Annual report on the working of the mental hospitals in the Madras Presidency - 1912-1932
Year: 1912
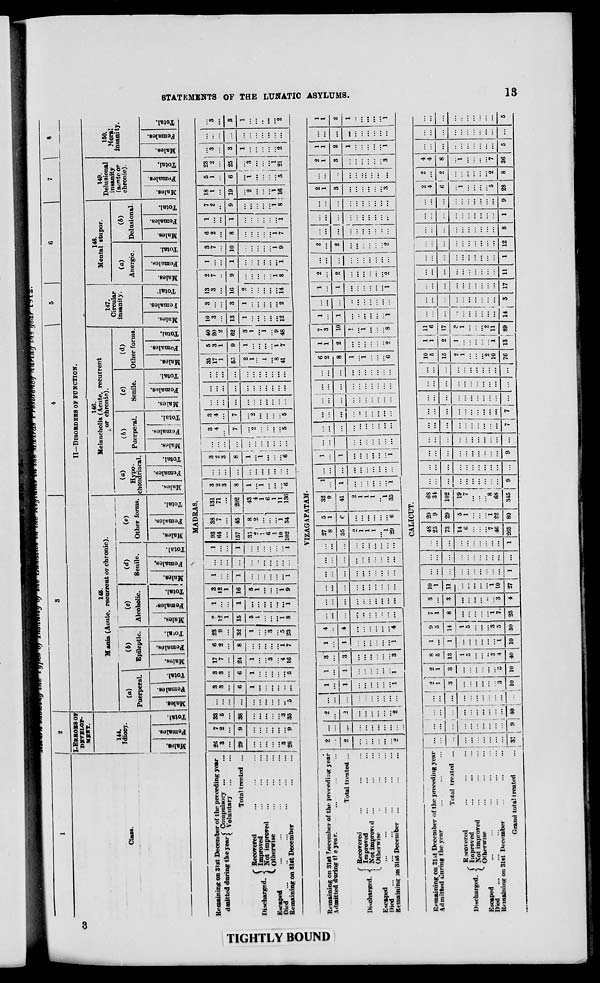
CO
Class.
I-ERROBS OF
DEVELOP-
MENT.
HI.
Idiocy.
09
V
i a Si .2
s
O
Pft
H «
II—DISORDERS OF FFNCTIOK.
145.
M ania (Acute, recurrent or chronic).
(«)
Puerperal.
E
w
(6)
Epileptic.
"3 S
c
(0
Alcoholic.
(d)
Senile.
(«)
Other forms.
e4
E
o
•S o
r-
146.
Melancholia (Acute, recurrent
or chronic).
(a)
Hypo-
chondnacal.
X
a>
i
9
g *
9
O
S P» J H
(ft)
Puerperal.
V
"3
9
1 -"
S ! ^
v
o
P« I H
(c)
Senile.
o
(d)
Other forms
S *
147.
Circular
insanity.
148.
Mental stupor.
M
(a)
Anergic.
•3
(6)
Delusional.
3
149.
Delusional
insanity
(aonte or
chronic).
150.
Moral
insanity.
a
a
Ex.
O
6H
SI
S
«
GO
o
S3
S
6
CO
H
E5
x
H
r
•<
ac
O
c
z
o
MADRAS.
Remaining on 31st December of the preceding year
dmitted during theyear [ °ggg* Z
Z
2«
S
:::
2<;
7
2
9
9
1
33
5
38
3
35 )
3
3
6
3
3
6
17
7
24
(1
2
23
9 12
1
1
3
12
1
1 ...
1 93
64
38
7
131
71
3
2
3
...
3 | ...
I :::
1 j...
Z j"'.
■i | :::
3
4
3
4 ...
... ... 35
17
1
5
3
1
40
20
2
62
3
"i
9
48
10
3
13
1
12
3
3
1
"2
13
3
16
2
7
9
1
1
3
7
10
6
2
8
1
7
2
18
1
5
1
23
2 "3 ...
3
Total treated ...
8
i
7
32
1
3
5
23
15
5
1
"l
8
1
"l
16
5
1
1
9
1
1
...
...
1
1
157
35
0
1
6
1
10
102
45
8
2
1
34
202
8
7
7 ... ... ... 5;:
9
1
9 19
6 25
3
3
r Recovered
Discharged.
{SSL*
Z
Z
V. otherwise
Escaped
Died
...
Remaining on 31st December
"5
1
...
::: "0'
1
S
4
43
4
1
6
1
11
136
1
"i
"i
2
...
...
*5
*2
5
...
...
...
2
1
1
"%
41
1
1
7
2
14
i
8 "i
i
9
i
7 "i
"i
8
"2
"l
16
1
"i! "s
::: i "i
5|2l
1
"2
...
1
"2
VIZAGAPATAM
Remaining on 3lst 7/ecember of the preceding year
2
2
1
1
3
1
4
1
27
5
32
1
1
..I
6
1
7
1
1
2
2
2
2
1
1
Admitted during tl e year.
2 ...
>
1
...
1
S
1
4
...
... | ...
... ...
8
35
1
9
1 ...
... ... ...
... ... ...
2
1
3
...
1
2
—
2
... ... ...
1 ...
1
1
...
1
Total treated ...
C
41
1
... _1L°_
... ... ...
8
2
10 1 ...
... | ...
3
3
2
1
2
f Recovered
...
. ->
2
1
1 ...
1
1
1
Discharged. < JEffi*
Z
... ...
...
... ...
... ... ...
...
...
1
1
...
1
1
... ... ...
... ••
::: ! :::
... "i
... "i
... ...
...
... ...
... ... ...
...
L Otherwise
..
1
1 ...
...
... ! ... ...
... ... ... ... ...
... ... ... ... ... ...
... ...
...
Escaped
...
... ...
...
... ... ...
... ...
... ... ...
...
... ... ...
...
... ...
...
Died
1
1
... ...
...
...
... ...
Remaining jn 31st December
2
2 ...
1 1
s 1 4 ... ... ... ... ...
"
29
6
35
1
i ... ...
... j ...
6
«
8
i
1
2 ...
2
3 ...
3
1 ...
1
CALICUT.
Remaining on 81M December of the preceding year
\dniirfced during the year
...
... 1 ...
... , ...
...
:::
...
...
,1
T
s
3
2
T
3
:::
:::
:::
8
5
13
1
5
3
4
1
1
!l
5
14
I
5
3
5
7
1
8
;;;
i
7,
3
3
3
10
1
11
"i
10
... ...
48
25
73
20
9
29
tiS
34
102
...
...
...
... :::
:::
... 10
5
1| 11
1 ! 6
...
_11L
17
...
...
_m
...
...
2
4
2
4
4
Total trejted ...
... ... ... ...
15
2 17
6
2
8 ...
r Recovered
... .
J
S Improved
Discharged, j No fi m p ro ved
Otherwise
Escaped
Died
Remaining on 31st December
14
G
"7
46
5
1
i
22
19
7
...
•••
'"8 I
68 |
...
...
...
...
...
...
...
...
...
2
1
...
"2
10
1 i 8
... i 1
... j ...
::: j i
iin .'.'. 1
...
11
1 12
8
1
9
"i
5
28
"2
8
i
"V
36
...
...
...
Grand total treated
31
9 +0 1 ..
1
10 10 40 10 50 23
4 27
1 ...
1 265 80
315 j 9 ...
9 ...
7 I '1 ... ... 76 13 j 89 "i 3
5 I
...
5
09